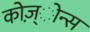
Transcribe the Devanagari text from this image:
कोज़्ोन्स